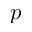
p